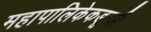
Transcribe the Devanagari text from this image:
महापालिकेकडूनही